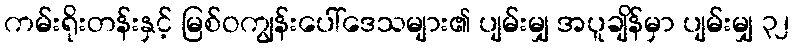
ကမ်းရိုးတန်းနှင့် မြစ်ဝကျွန်းပေါ်ဒေသများ၏ ပျမ်းမျှ အပူချိန်မှာ ပျမ်းမျှ ၃၂